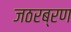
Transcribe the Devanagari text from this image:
जठरब्रण